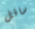
سافل